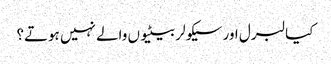
کیا لبرل اور سیکولر بیٹیوں والے نہیں ہوتے؟